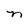
Character: n